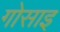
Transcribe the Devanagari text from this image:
गोसाइ